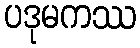
ပဒုမကဿ